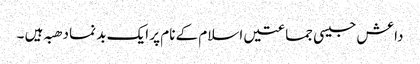
داعش جیسی جماعتیں اسلام کے نام پر ایک بد نما دھبہ ہیں ۔